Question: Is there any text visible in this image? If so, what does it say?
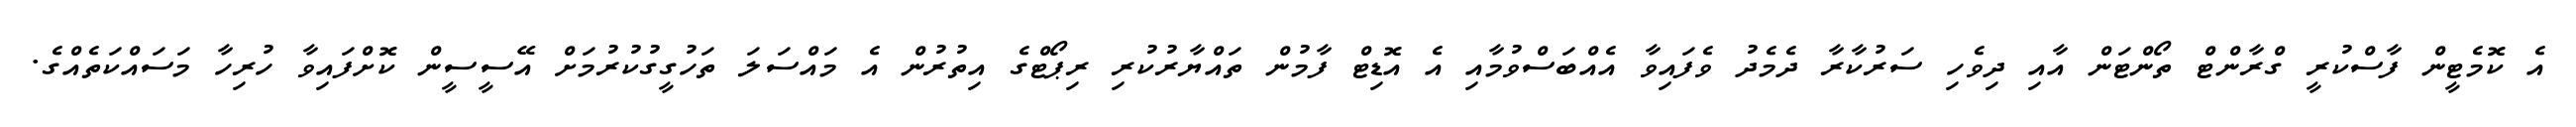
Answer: އެ ކޮމެޓީން ފާސްކުރީ ގްރާންޓް ތޯންޓަން އާއި ދިވެހި ސަރުކާރާ ދެމެދު ވެފައިވާ އެއްބަސްވުމާއި އެ އޮޑިޓް ފާމުން ތައްޔާރުކުރި ރިޕޯޓްގެ އިތުރުން އެ މައްސަލަ ތަހުގީގުކުރުމަށް އޭސީސީން ކޮށްފައިވާ ހުރިހާ މަސައްކަތެއްގެ.